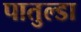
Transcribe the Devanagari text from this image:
पातुल्डा